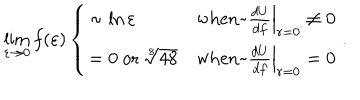
\lim _ { \varepsilon \rightarrow 0 } f ( \varepsilon ) \left\{ \begin{array} { l l } { { \sim \ln \varepsilon } } & { { \mathrm { w h e n ~ } \left. \frac { d U } { d f } \right| _ { r = 0 } \ne 0 } } \\ { { = 0 ~ \mathrm { o r } ~ \sqrt [ [object Object] ] ] { 4 8 } } } & { { \mathrm { w h e n ~ } \left. \frac { d U } { d f } \right| _ { r = 0 } = 0 } } \\ \end{array} \right. .